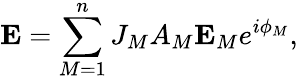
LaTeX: \textbf{E}=\sum_{M=1}^{n}J_{M}A_{M}\textbf{E}_{M}e^{i{\phi}_{M}},